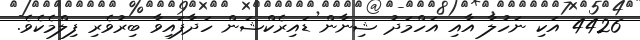
4426 އަކި ނަހުލާ އާއި އަހްމަދު ޝިނާން ޑައިރެކްޝަން ހަދާފައިވާ ބިރުވެރި ފިލްމެކެވެ.